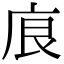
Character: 㡾